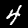
Label: 4